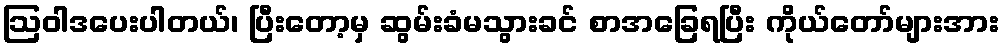
ဩဝါဒပေးပါတယ်၊ ပြီးတော့မှ ဆွမ်းခံမသွားခင် စာအခြေရပြီး ကိုယ်တော်များအား